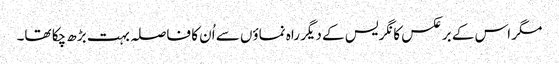
مگر اس کے برعکس کانگریس کے دیگر راہ نماؤں سے اُن کا فاصلہ بہت بڑھ چکا تھا۔